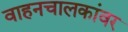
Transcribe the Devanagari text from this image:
वाहनचालकांवर